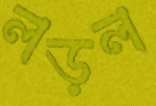
লড়ল